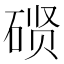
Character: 𰧇